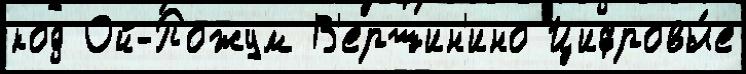
код Ой-Пожум В'ершин'ино Цифровы́е